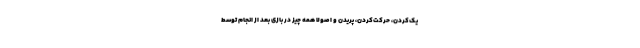
یک‌کردن، حرکت‌کردن، پریدن و اصولا همه چیز در بازی بعد از انجام توسط